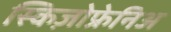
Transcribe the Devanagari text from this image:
स्किज़ोफ्रेनिअ